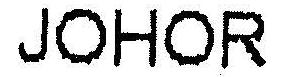
JOHOR